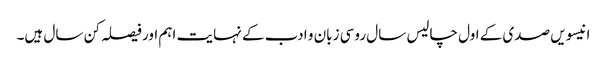
انیسویں صدی کے اول چالیس سال روسی زبان و ادب کے نہایت اہم اور فیصلہ کن سال ہیں۔